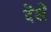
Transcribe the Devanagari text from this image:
देंखें